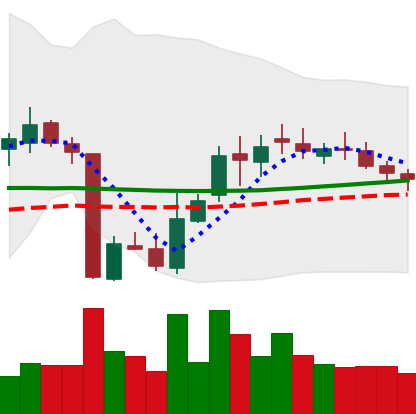
Ticker: XLM-USD
Chart end date: 2018-10-26
Forward return: -4.504%
Label: down_3_5